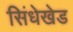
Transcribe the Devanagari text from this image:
सिंधेखेड